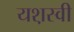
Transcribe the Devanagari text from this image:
यश़स्वी